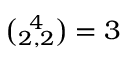
\textstyle { { \binom { 4 } { 2 , 2 } } = 3 }